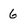
Character: 6